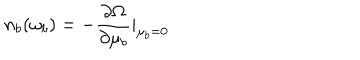
n _ { b } ( \omega _ { b } ) = - \frac { \partial \Omega } { \partial \mu _ { b } } | _ { \mu _ { b } = 0 }